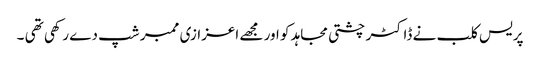
پریس کلب نے ڈاکٹر چشتی مجاہد کو اور مجھے اعزازی ممبر شپ دے رکھی تھی ۔